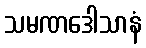
သမဏဒေါသာနံ